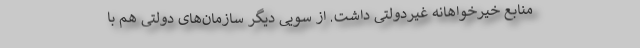
منابع خیرخواهانه غیردولتی داشت. از سویی دیگر سازمان‌های دولتی هم با